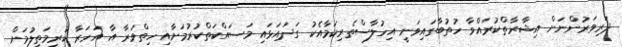
ދަރިވަރުންނަށް އިޝާރާތްކުރައްވާ ހުތުބާގައިވަނީ އިހުލާސްތެރިކަމާއެކު ގަދައަޅައި މަސައްކަތްކުރުމަށާއި ހިތްވަރާ އާ އަހަރާ ކުރިމަތިލުމަށް